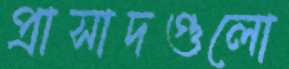
প্রাসাদগুলো